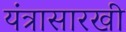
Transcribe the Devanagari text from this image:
यंत्रासारखी